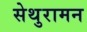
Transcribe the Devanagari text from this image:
सेथुरामन